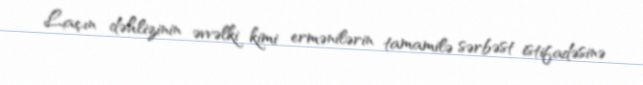
Laçın dəhlizinin əvvəlki kimi ermənilərin tamamilə sərbəst istifadəsinə